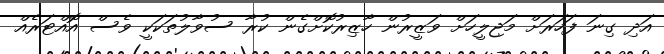
އަދި ގިނަ ފަހަރަށް މަޖިލީހަށް ވަޒީރުން ހާޒިރުކޮށްގެން ކުރާ ސުވާލުތަކަކީ ވެސް އޮއްޓަރެއް